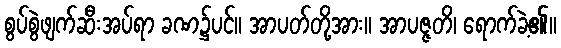
စွပ်စွဲဖျက်ဆီးအပ်ရာ ခဏ၌ပင်။ အာပတ်တို့အား။ အာပဇ္ဇတိ၊ ရောက်ခဲ့၏။